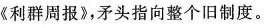
《利群周报》，矛头指向整个旧制度。